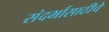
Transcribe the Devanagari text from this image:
संदर्भासाठीचे